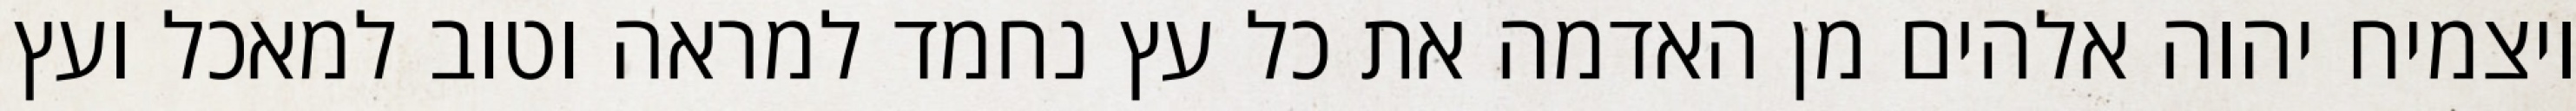
ויצמיח יהוה אלהים מן האדמה את כל עץ נחמד למראה וטוב למאכל ועץ